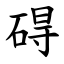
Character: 碍